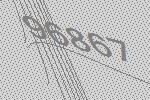
96867